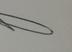
Signature authenticity: genuine